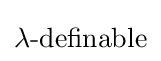
\lambda {\mbox{-definable}}